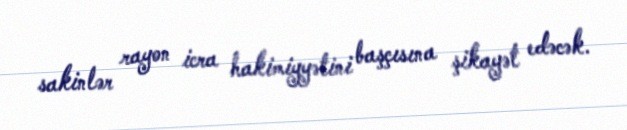
sakinlər rayon icra hakimiyyətini başçısına şikayət edəcək.